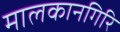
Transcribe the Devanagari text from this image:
मालकानगिरि